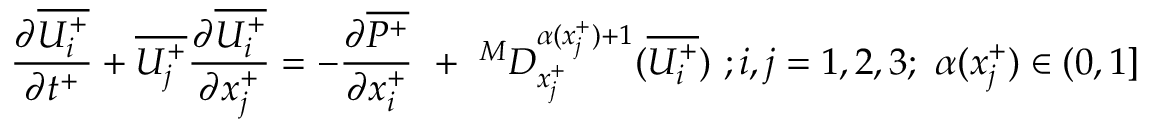
{ \frac { \partial \overline { { U _ { i } ^ { + } } } } { \partial t ^ { + } } } + \overline { { U _ { j } ^ { + } } } \frac { \partial \overline { { U _ { i } ^ { + } } } } { \partial x _ { j } ^ { + } } = - \frac { \partial \overline { { P ^ { + } } } } { \partial x _ { i } ^ { + } } ~ + ~ ^ { M } D _ { x _ { j } ^ { + } } ^ { \alpha ( x _ { j } ^ { + } ) + 1 } ( \overline { { U _ { i } ^ { + } } } ) ~ ; i , j = 1 , 2 , 3 ; ~ \alpha ( x _ { j } ^ { + } ) \in ( 0 , 1 ]